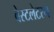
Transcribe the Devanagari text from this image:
वेस्टलेटरन